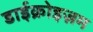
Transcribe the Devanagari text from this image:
डाईक्रोइज़म